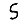
Digit: 5